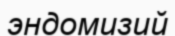
эндомизий